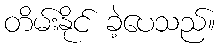
တိမ်းနိုင် ခဲ့ပေသည်။